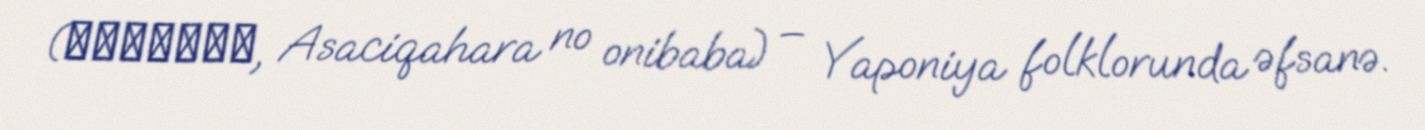
(浅茅ヶ原の鬼婆, Asaciqahara no onibaba) – Yaponiya folklorunda əfsanə.